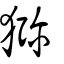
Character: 獼